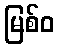
မြစ်ဝ